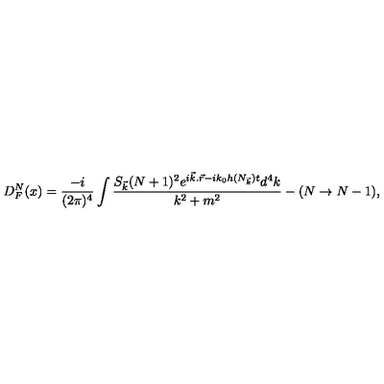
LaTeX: D _ { F } ^ { N } ( x ) = \frac { - i } { ( 2 \pi ) ^ { 4 } } \int \frac { S _ { \vec { k } } ( N + 1 ) ^ { 2 } e ^ { i \vec { k } . \vec { r } - i k _ { 0 } h ( N _ { \vec { k } } ) t } d ^ { 4 } k } { k ^ { 2 } + m ^ { 2 } } - ( N \rightarrow N - 1 ) ,